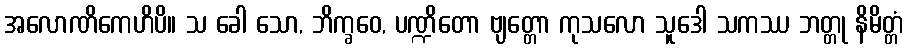
အလောဏိကေဟိပိ။ သ ခေါ သော, ဘိက္ခဝေ, ပဏ္ဍိတော ဗျတ္တော ကုသလော သူဒေါ သကဿ ဘတ္တု နိမိတ္တံ